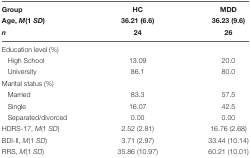
<table><thead><tr><td><b>Group</b></td><td><b>HC</b></td><td><b>MDD</b></td></tr><tr><td><b>Age, <i>M</i>(1 <i>SD</i>)</b></td><td><b>36.21 (6.6)</b></td><td><b>36.23 (9.6)</b></td></tr><tr><td><b><i>n</i></b></td><td><b>24</b></td><td><b>26</b></td></tr></thead><tbody><tr><td colspan="3">Education level (%)</td></tr><tr><td>High School</td><td>13.09</td><td>20.0</td></tr><tr><td>University</td><td>86.1</td><td>80.0</td></tr><tr><td colspan="3">Marital status (%)</td></tr><tr><td>Married</td><td>83.3</td><td>57.5</td></tr><tr><td>Single</td><td>16.07</td><td>42.5</td></tr><tr><td>Separated/divorced</td><td>0.00</td><td>0.00</td></tr><tr><td>HDRS-17, <i>M</i>(1 <i>SD</i>)</td><td>2.52 (2.81)</td><td>16.76 (2.68)</td></tr><tr><td>BDI-II, <i>M</i>(1 <i>SD</i>)</td><td>3.71 (2.97)</td><td>33.44 (10.14)</td></tr><tr><td>RRS, <i>M</i>(1 <i>SD</i>)</td><td>35.86 (10.97)</td><td>60.21 (10.01)</td></tr></tbody></table>